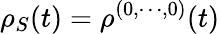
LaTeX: \rho_{S}(t)=\rho^{(0,\cdots,0)}(t)